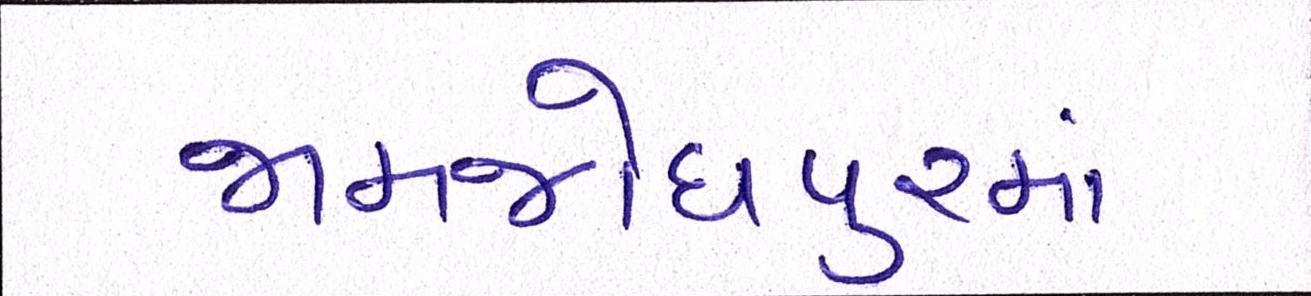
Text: જામજોધપુરમાં